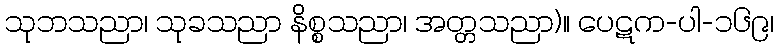
သုဘသညာ၊ သုခသညာ နိစ္စသညာ၊ အတ္တသညာ)။ ပေဋက-ပါ-၁၆၉၊